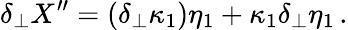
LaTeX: \delta_{\perp}X^{\prime\prime}=(\delta_{\perp}\kappa_{1})\eta_{1}+\kappa_{1}\delta_{\perp}\eta_{1}\, .